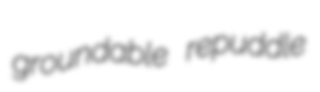
groundable repuddle